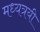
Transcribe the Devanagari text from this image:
मध्यत्रयी